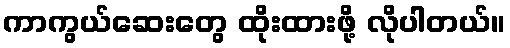
ကာကွယ်ဆေးတွေ ထိုးထားဖို့ လိုပါတယ်။